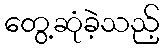
တွေ့ဆုံခဲ့သည့်